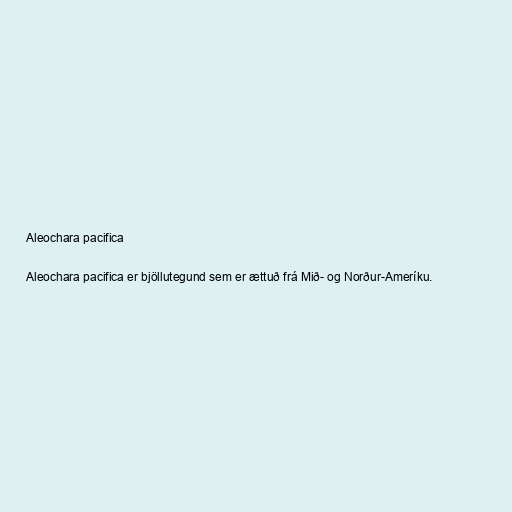
Aleochara pacifica

Aleochara pacifica er bjöllutegund sem er ættuð frá Mið- og Norður-Ameríku.